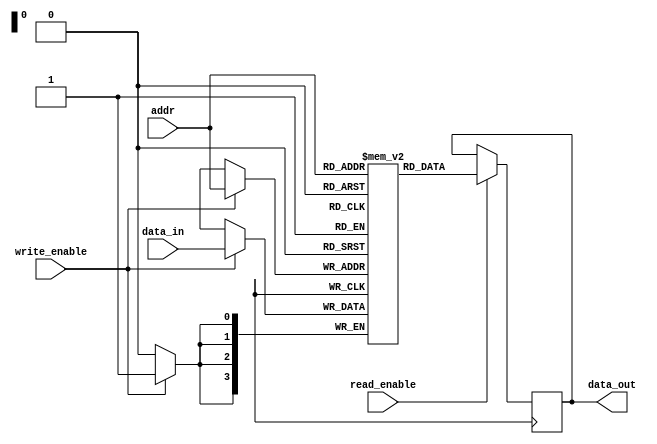
module register_file(
    input wire [3:0] addr,
    input wire [3:0] data_in,
    input wire write_enable,
    input wire read_enable,
    output reg [3:0] data_out
);

reg [3:0] registers [0:15];

always @(posedge clock) begin
    if (write_enable)
        registers[addr] <= data_in;
    
    if (read_enable)
        data_out <= registers[addr];
end

endmodule